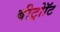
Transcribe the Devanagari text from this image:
बीट्रोॉट